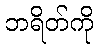
ဘရိတ်ကို